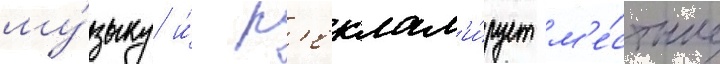
му́зыку и́ р'еклам'и́рует м'е́стные